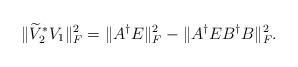
LaTeX: \begin{align*}\|\widetilde{V}_{2}^{\ast}V_{1}\|_{F}^{2}=\|A^{\dagger}E\|_{F}^{2}-\|A^{\dagger}EB^{\dagger}B\|_{F}^{2}.\end{align*}